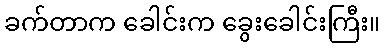
ခက်တာက ခေါင်းက ခွေးခေါင်းကြီး။